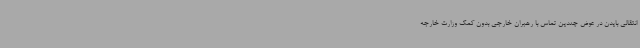
انتقالی بایدن در عوض چندین تماس با رهبران خارجی بدون کمک وزارت خارجه